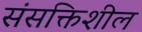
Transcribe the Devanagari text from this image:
संसक्तिशील